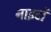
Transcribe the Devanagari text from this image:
नाइटों